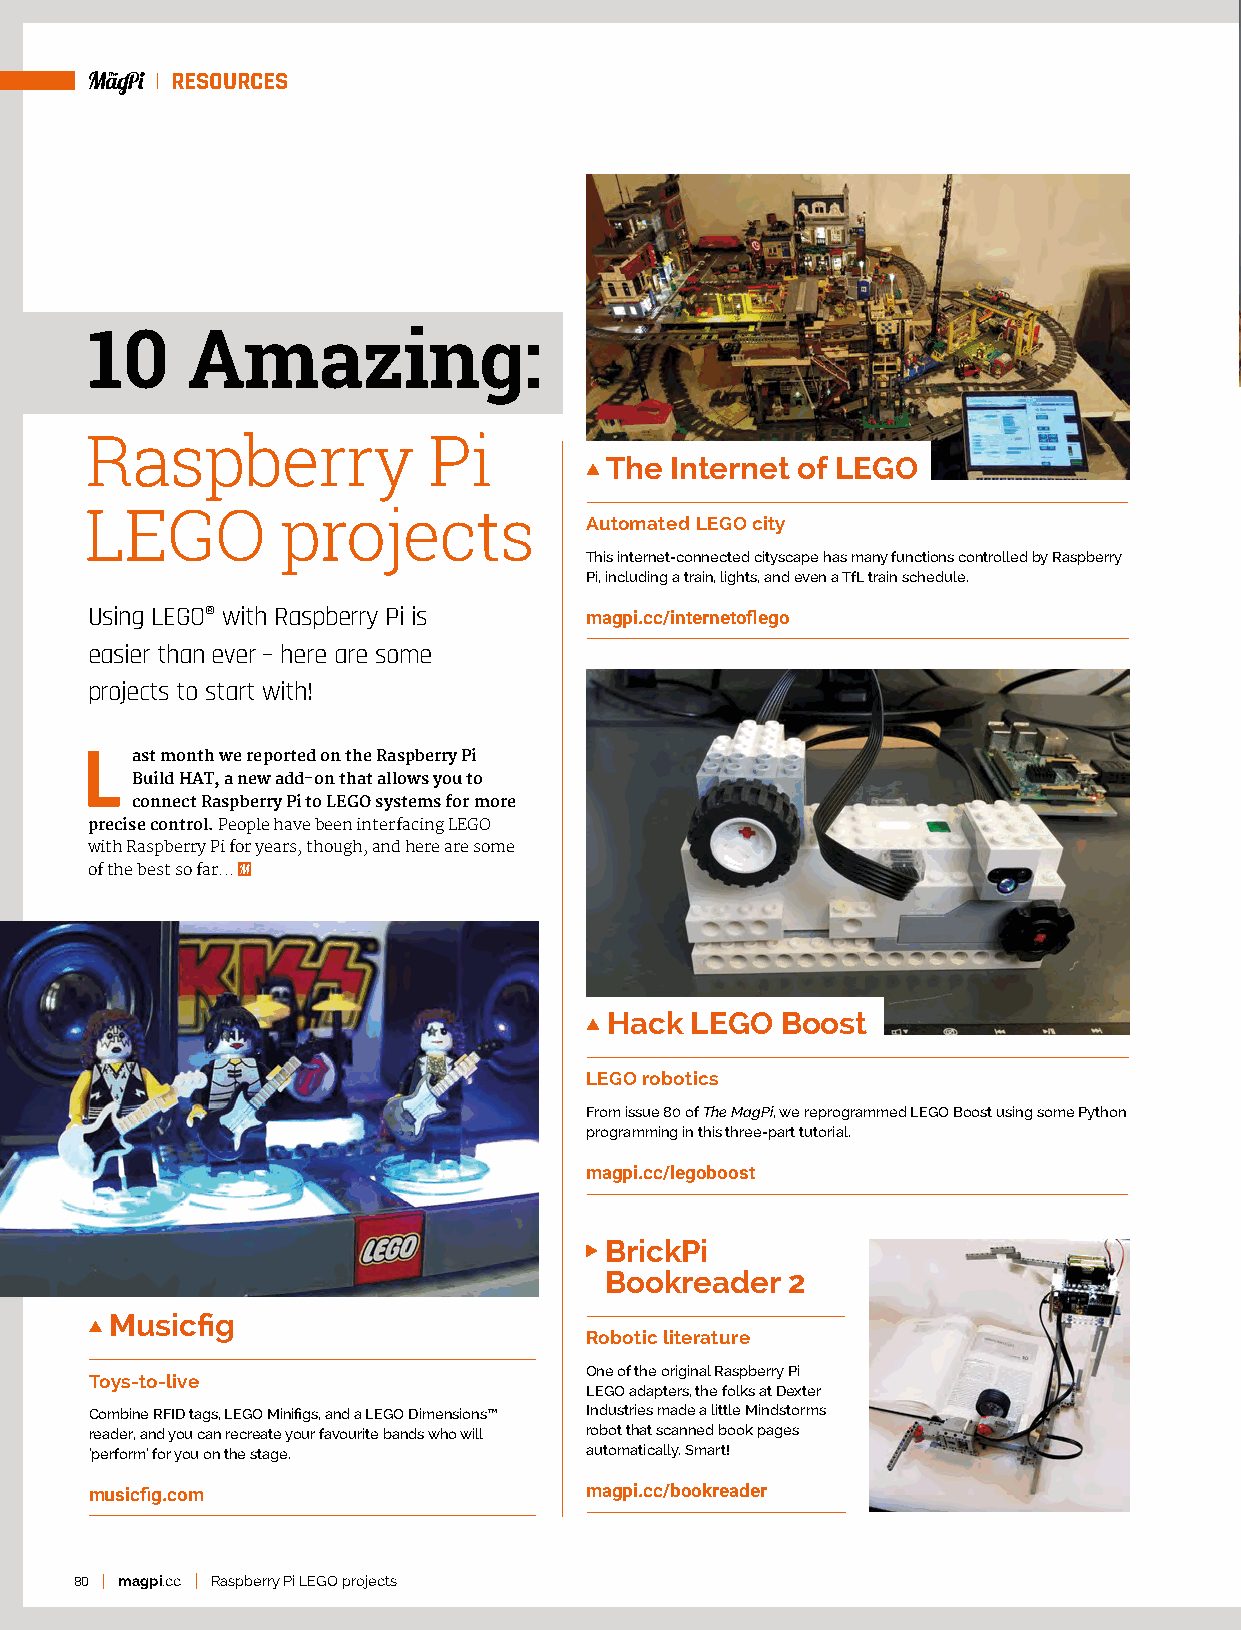
RESOURCES
 10    Amazing:
 Raspberry             Pi
 T he Internet of LEGO
 LEGO         projects
 Automated LEGO city
 This internet-connected cityscape has many functions controlled by Raspberry
 Pi, including a train, lights, and even a TfL train schedule.
 Using LEGO® with Raspberry Pi is magpi.cc/internetoflego
 easier than ever – here are some
 projects to start with!
 L   ast month we reported on the Raspberry Pi
 Build HAT, a new add-on that allows you to
 connect Raspberry Pi to LEGO systems for more
 precise control. People have been interfacing LEGO
 with Raspberry Pi for years, though, and here are some
 of the best so far...
 H ack LEGO  Boost
 LEGO robotics
 From issue 80 of The MagPi, we reprogrammed LEGO Boost using some Python
 programming in this three-part tutorial.
 magpi.cc/legoboost
 B rickPi
 Bookreader  2
 M usicfig
 Robotic literature
 One of the original Raspberry Pi
 Toys-to-live
 LEGO adapters, the folks at Dexter
 Combine RFID tags, LEGO Minifigs, and a LEGO Dimensions™ Industries made a little Mindstorms
 reader, and you can recreate your favourite bands who will robot that scanned book pages
 ‘perform’ for you on the stage.  automatically. Smart!
 musicfig.com                     magpi.cc/bookreader
 80 magpi.cc Raspberry Pi LEGO projects